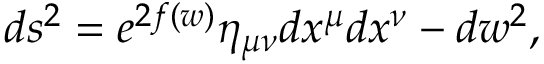
d s ^ { 2 } = e ^ { 2 f ( w ) } \eta _ { \mu \nu } d x ^ { \mu } d x ^ { \nu } - d w ^ { 2 } ,